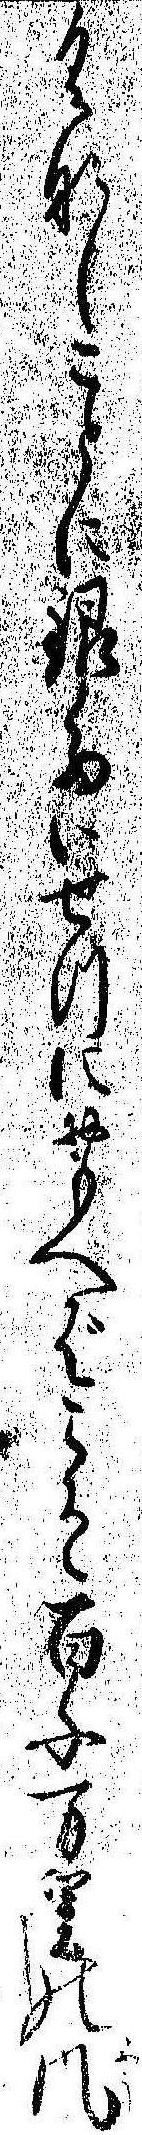
くなしことに銀たいせつにおもへばこそ百千万里の風